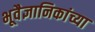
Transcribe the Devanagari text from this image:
भूवैज्ञानिकांच्या